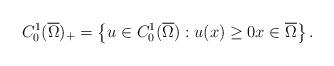
LaTeX: \begin{align*} C^1_0(\overline{\Omega})_+=\left\{u \in C^1_0(\overline{\Omega}): u(x) \geq 0 x \in \overline{\Omega}\right\}.\end{align*}